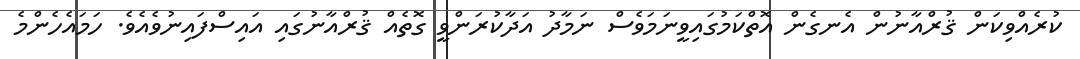
ކުރެއްވިކަން ޤުރްއާނުން އެނގެން އޮތްކަމުގައިވީނަމަވެސް ނަމާދު އަދާކުރަންވީ ގޮތެއް ޤުރްއާނުގައި އައިސްފައިނުވެއެވެ. ހަމައެހެންމެ